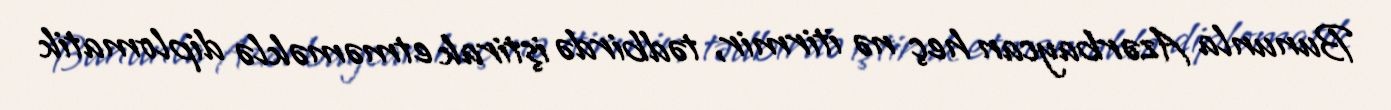
Bununla Azərbaycan heç nə itirmir, tədbirdə iştirak etməməklə diplomatik